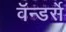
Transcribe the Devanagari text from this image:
वॅन्डर्से